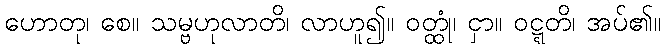
ဟောတု၊ စေ။ သမ္ဗဟုလာတိ၊ လာဟူ၍။ ဝတ္ထုံ၊ ငှာ။ ဝဋ္ဋတိ၊ အပ်၏။